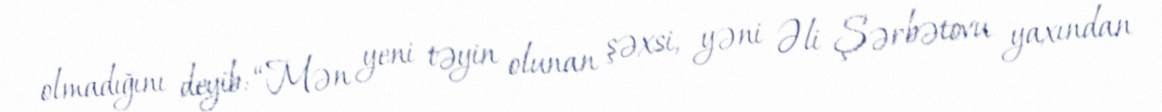
olmadığını deyib: “Mən yeni təyin olunan şəxsi, yəni Əli Şərbətovu yaxından